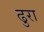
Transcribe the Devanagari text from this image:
ढुरा